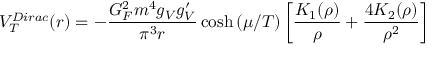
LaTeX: V _ { T } ^ { D i r a c } ( r ) = - { \frac { G _ { F } ^ { 2 } m ^ { 4 } g _ { V } g _ { V } ^ { \prime } } { \pi ^ { 3 } r } } \cosh { ( \mu / T ) } \left[ { \frac { K _ { 1 } ( \rho ) } { \rho } } + { \frac { 4 K _ { 2 } ( \rho ) } { \rho ^ { 2 } } } \right]